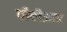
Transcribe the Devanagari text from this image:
पीबीआर